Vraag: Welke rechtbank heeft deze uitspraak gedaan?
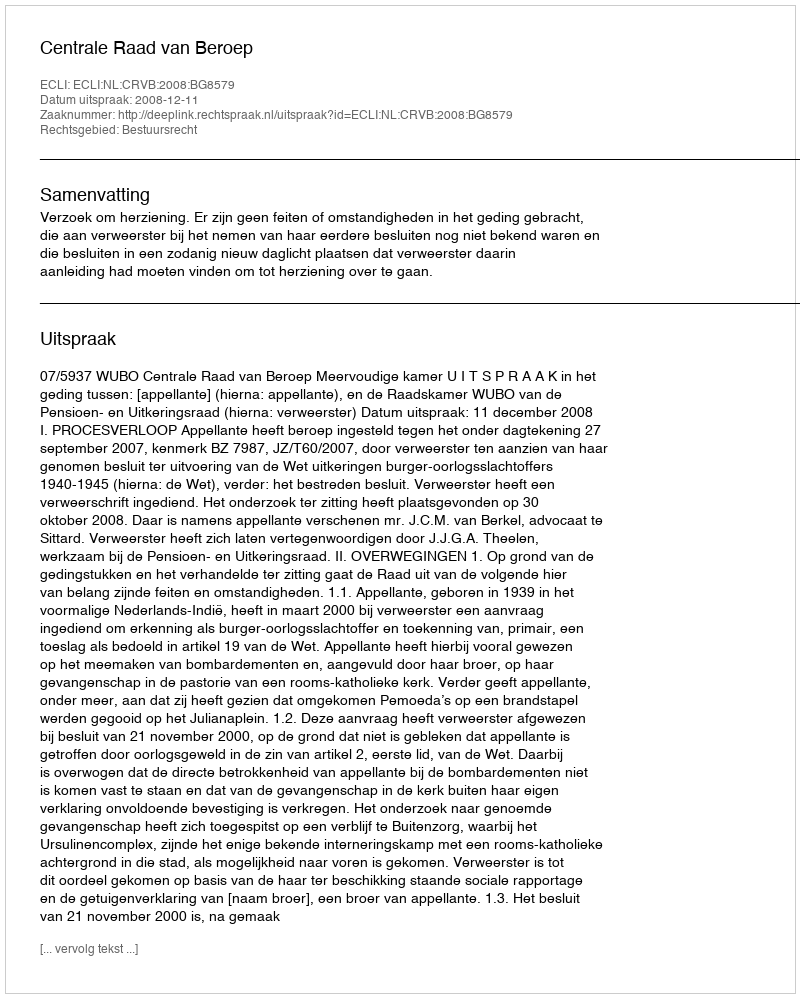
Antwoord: Centrale Raad van Beroep